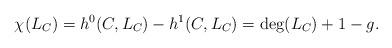
LaTeX: \begin{align*}\chi(L_C)=h^0(C,L_C)-h^1(C,L_C)=\deg(L_C)+1-g.\end{align*}